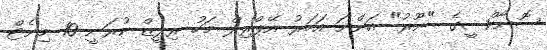
ސޮނާކްޝީގެ "ނޫރު" އަންނަ އަހަރު އޭޕްރިލް މަހު ރިލީޒް ކުރަނީ 10 މިނެޓް